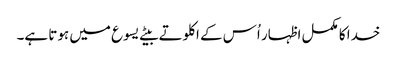
خدا کا مکمل اظہار اُس کے اکلوتے بیٹے یسوع میں ہوتا ہے۔